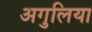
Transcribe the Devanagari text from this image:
अगुलिया